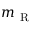
m _ { \mathrm { ~ R ~ } }